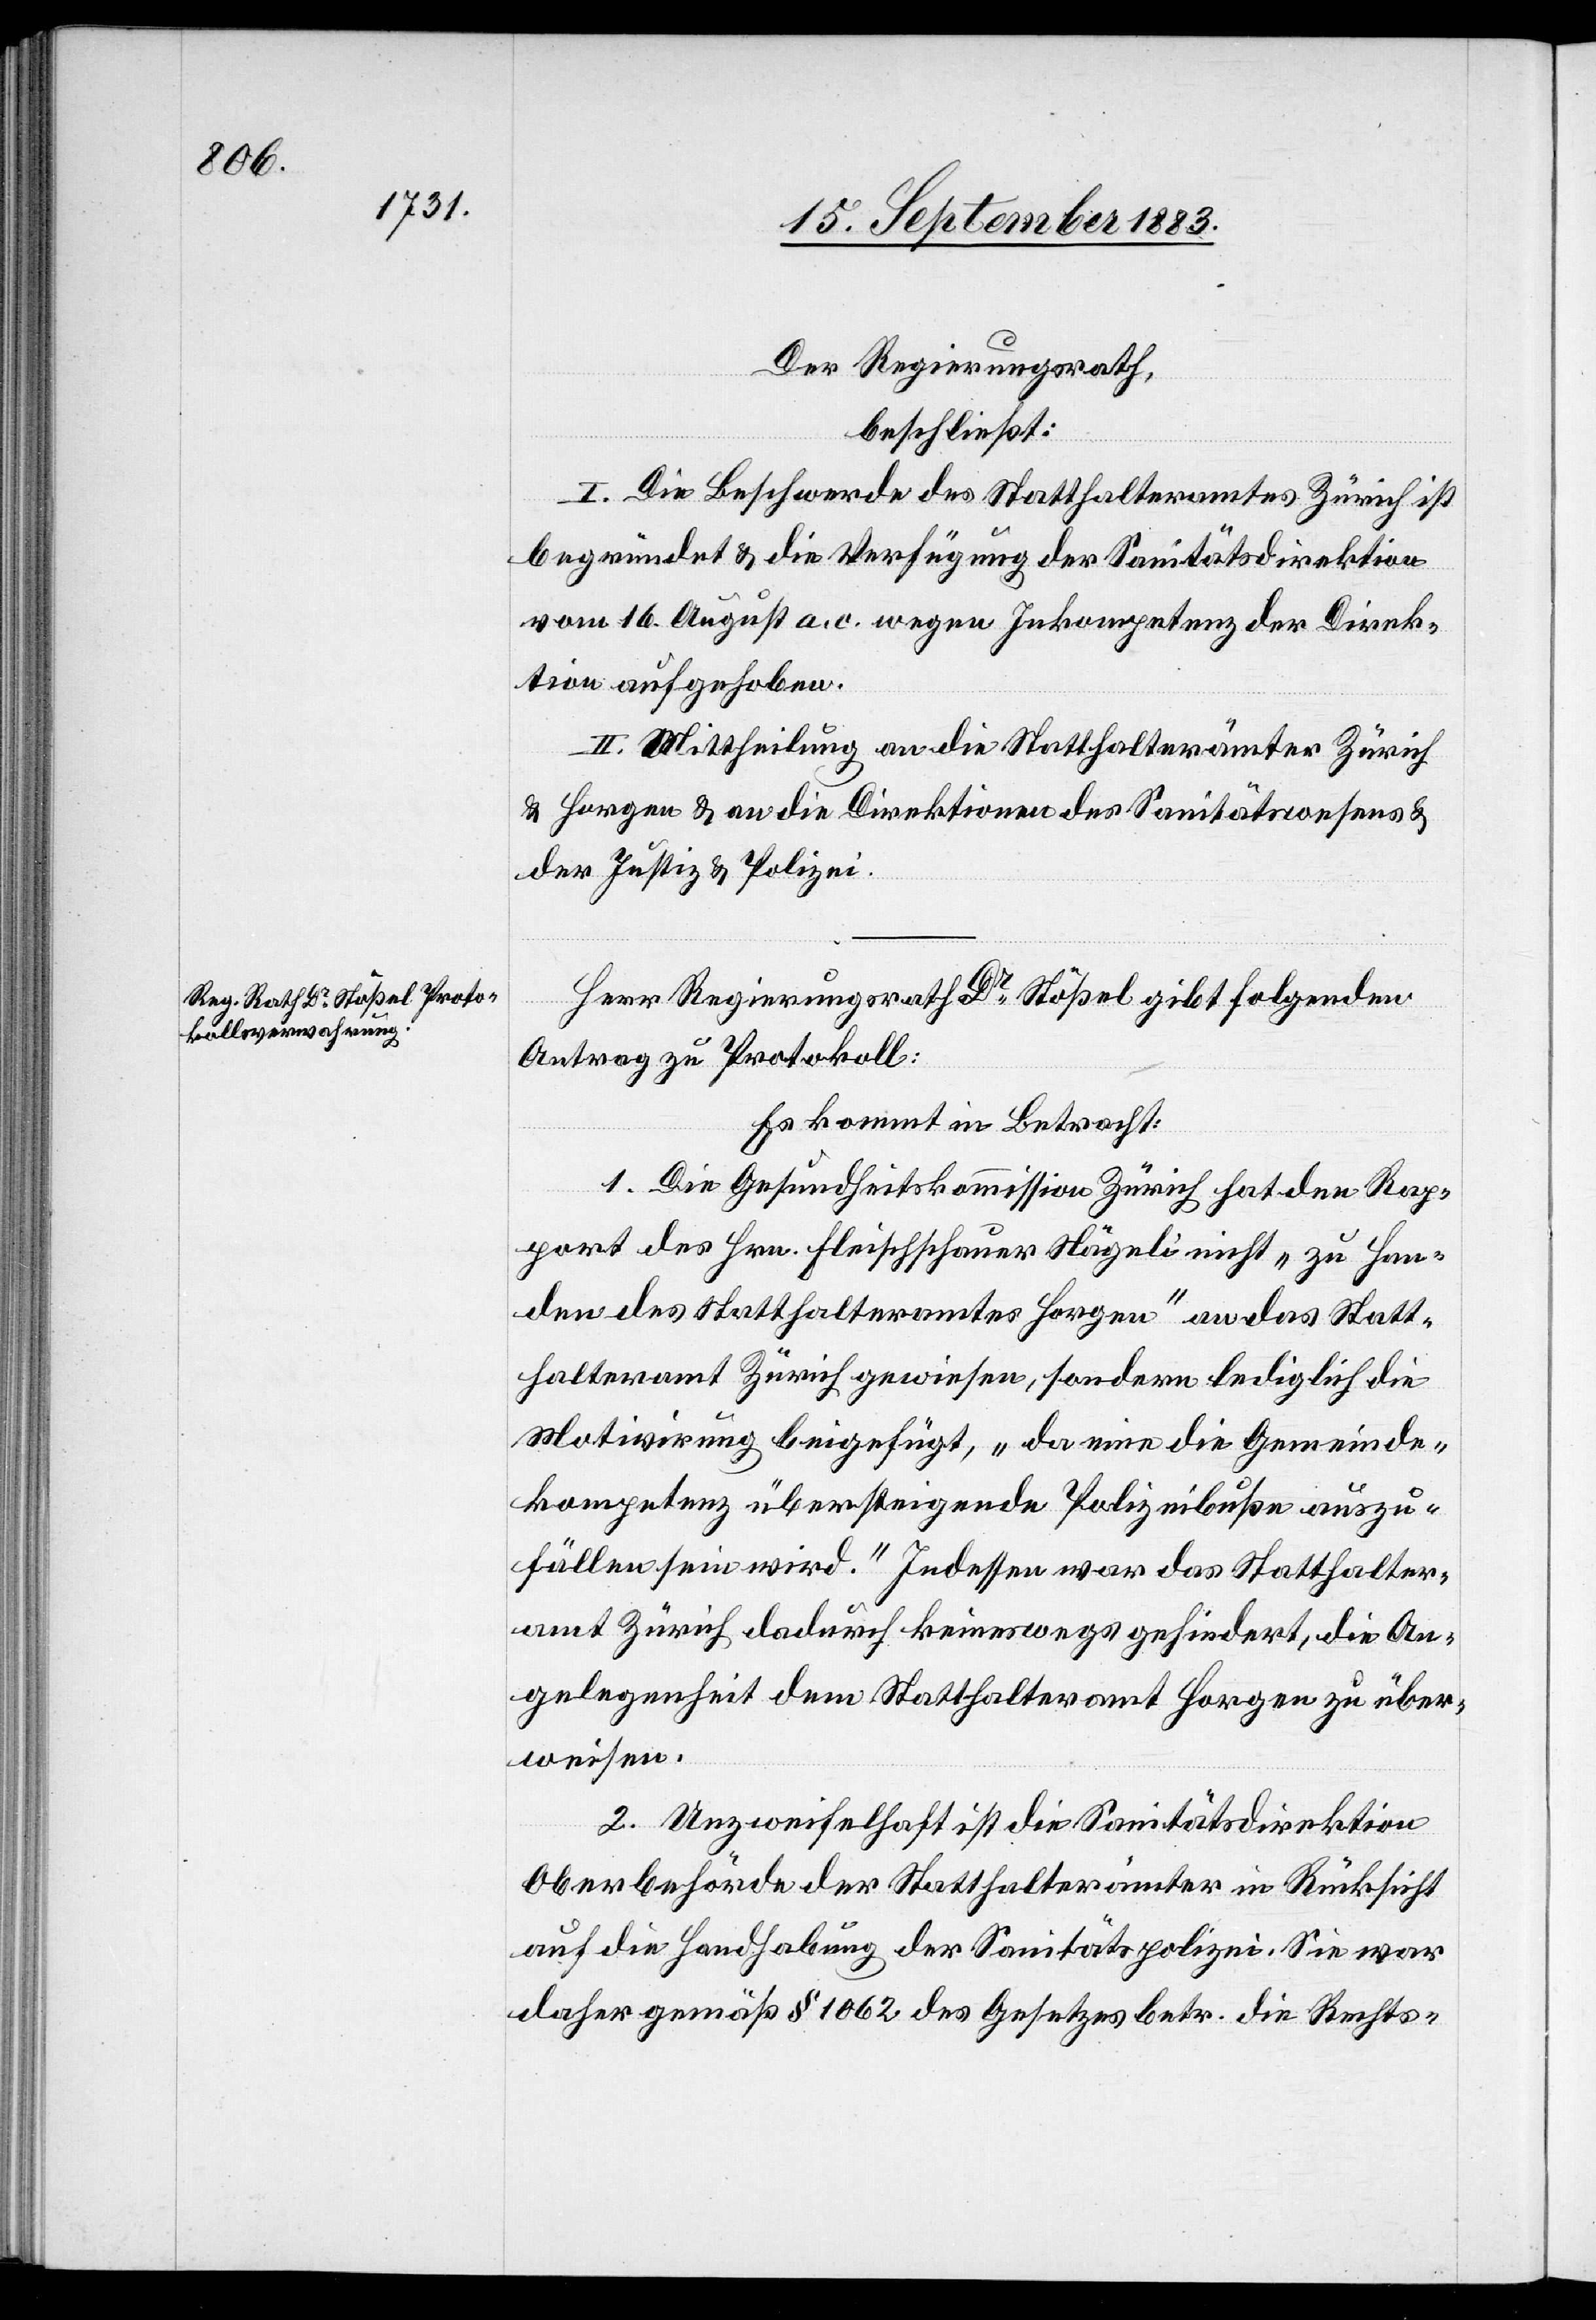
Der Regierungsrath,
beschließt:
I. Die Beschwerde des Statthalteramtes Zürich ist
begründet & die Verfügung der Sanitätsdirektion
vom 16. August a. c. wegen Inkompetenz der Direk¬
tion aufgehoben.
II. Mittheilung an die Statthalterämter Zürich
& Horgen & an die Direktionen des Sanitätswesens &
der Justiz & Polizei.
Herr Regierungsrath Dr Stößel gibt folgenden
Antrag zu Protokoll:
Es kommt in Betracht:
1. Die Gesundheitskommission Zürich hat den Rap¬
port des Hrn. Fleischschauer Nägeli nicht „zu Han¬
den des Statthalteramtes Horgen“ an das Statt¬
halteramt Zürich gewiesen, sondern lediglich die
Motivirung beigefügt, „da eine die Gemeinde¬
kompetenz übersteigende Polizeibuße auszu¬
fällen sein wird.“ Indessen war das Statthalter¬
amt Zürich dadurch keineswegs gehindert, die An¬
gelegenheit dem Statthalteramt Horgen zu über¬
weisen.
2. Unzweifelhaft ist die Sanitätsdirektion
Oberbehörde der Statthalterämter in Rücksicht
auf die Handhabung der Sanitätspolizei. Sie war
daher gemäß § 1062 des Gesetzes betr. die Rechts-